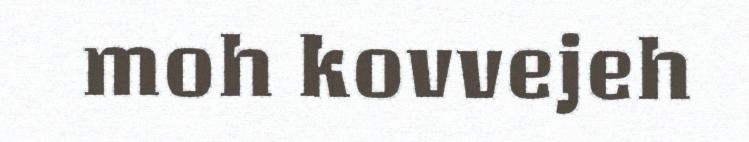
moh kovvejeh